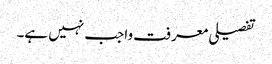
تفصیلی معرفت واجب نہیں ہے۔